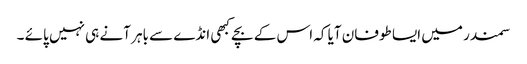
سمندر میں ایسا طوفان آیا کہ اس کے بچے کبھی انڈے سے باہر آنے ہی نہیں پائے ۔